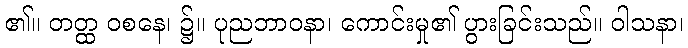
၏။ တတ္ထ ဝစနေ၊ ၌။ ပုညဘာဝနာ၊ ကောင်းမှု၏ ပွားခြင်းသည်။ ဝါသနာ၊